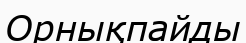
Орнықпайды